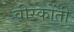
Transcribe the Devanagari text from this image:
वीस्कोंती